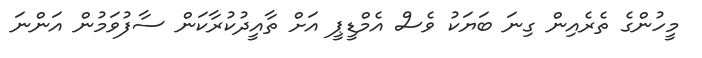
މީހުންގެ ތެރެއިން ގިނަ ބަޔަކު ވެސް އެމްޑީޕީ އަށް ތާއީދުކުރާކަން ސާފުވަމުން އަންނަ